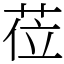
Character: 莅